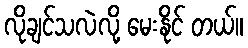
လိုချင်သလဲလို့ မေးနိုင် တယ်။